NAE_EAA_P-1039_Kommunismi_Majak_kalurikolhoos, lk 22
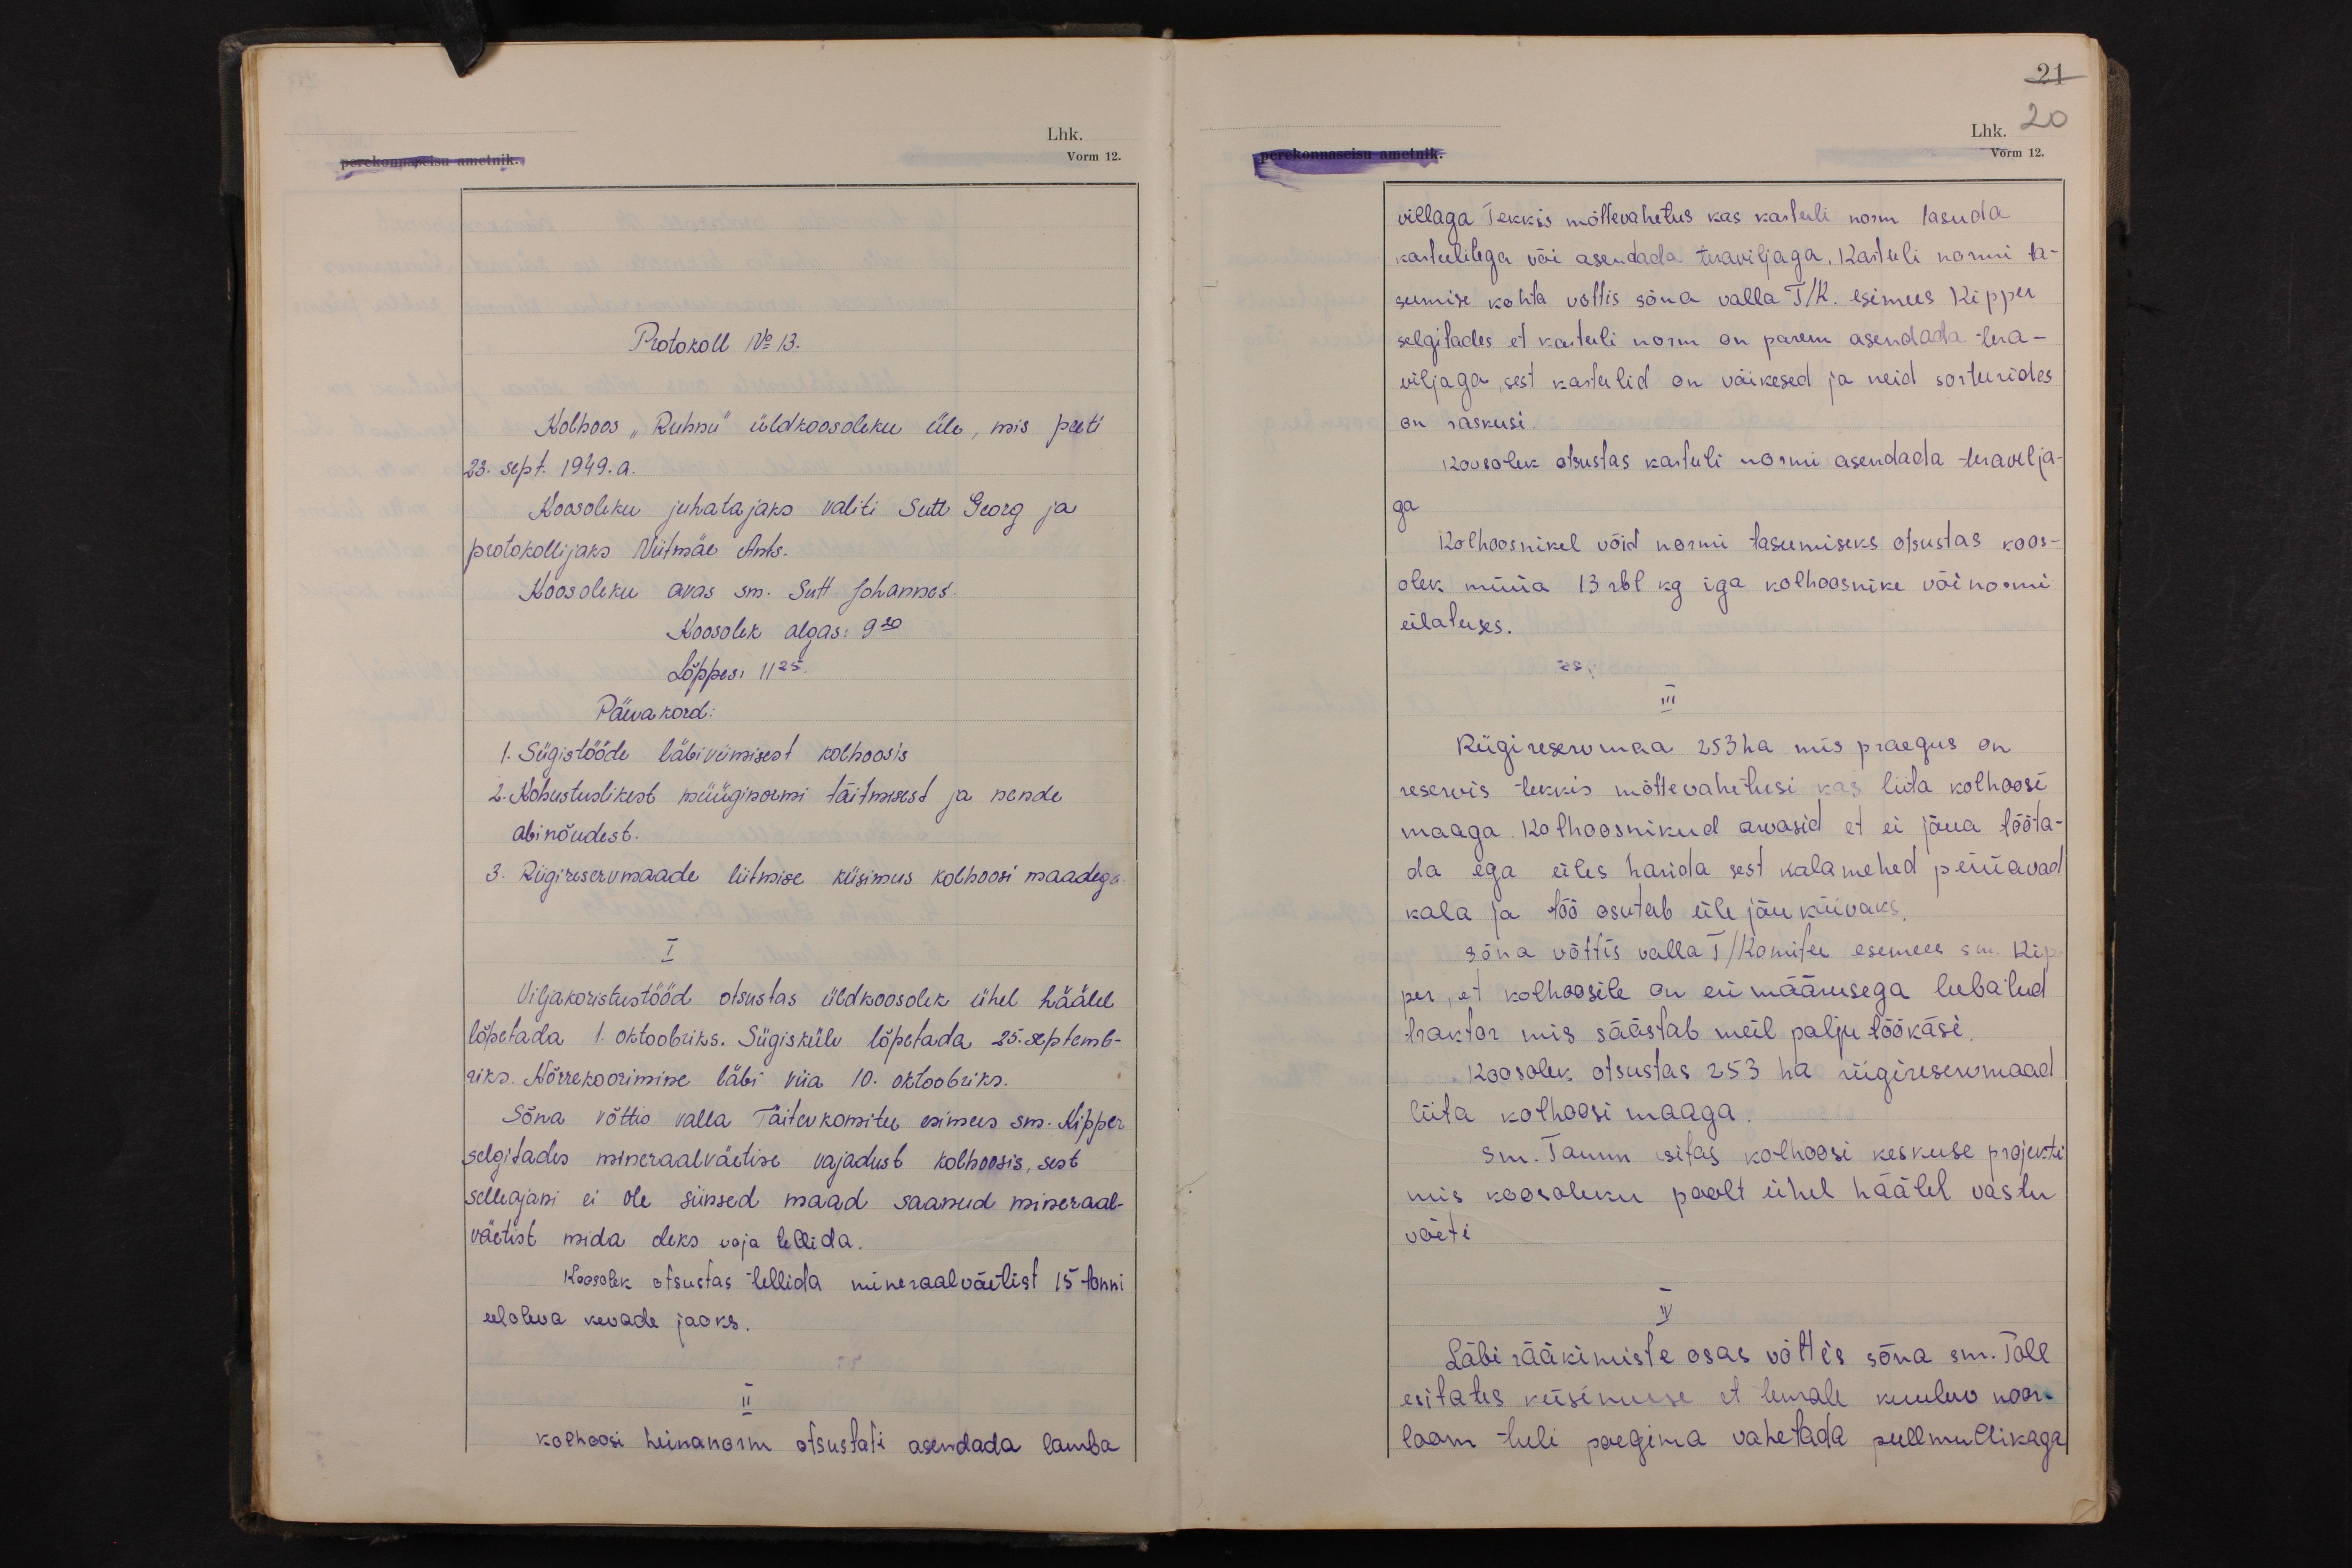
Protokoll No 13.
Kolhoos "Ruhnu" üldkoosoleku üle, mis peeti
23. sept. 1949. a.
Koosoleku juhatajaks valiti Sutt Georg ja
protokollijaks Niitmäe Ants.
Koosoleku avas sm. Sutt Johannes.
Koosolek algas: 9 20
Lõppes: 11 25.
Päevakord:
1. Sügistööde läbiviimisest kolhoosis
2. Kohustuslikest müüginormi täitmisest ja nende
abinõudest.
3. Riigireservmaade liitmise küsimus kolhoosi maadega.
I
Viljakoristustööd otsustas üldkoosolek ühel häälel
lõpetada 1. oktoobriks. Sügiskülv lõpetada 25. septemb-
riks. Kõrrekoorimine läbi viia 10. oktoobriks.
Sõna võttis valla Täitevkomitee esimees sm. Kipper
selgitades mineraalväetise vajadust kolhoosis, sest
selleajani ei ole siinsed maad saanud mineraal-
väetist mida oleks vaja tellida.
Koosolek otsustas tellida mineraalväetist 15 tonni
eeloleva kevade jaoks.
II
kolhoosi heinanorm otsustati asendada lamba

21
Lhk. 20
Vorm 12.
villaga Tekkis mõttevahetus kas kartuli norm tasuda
kartulitega või asendada teraviljaga. Kartuli normi ta-
sumise kohta võttis sõna valla T/K esimees Kipper
selgitades et kartuli norm on parem asendada tera-
viljaga, sest kartulid on väikesed ja neid sorteerides
on raskusi.
Koosolek otsustas kartuli normi asendada teravilja-
ga
Kolhoosnikel võid normi tasumiseks otsustas koos-
olek müüa 13 rbl kg iga kolhoosnike või normi
ülatuses.
III
Riigireservmaa 253 ha mis praegus on
reservis tekkis mõttevahetusi kas liita kolhoosi
maaga. Kolhoosnikud arvasid et ei jõua tööta-
da ega üles harida sest kalamehed püüavad
kala ja töö osutub üle jõu käivaks.
Sõna võttis valla T/Komitee esemees sm. Kip-
per, et kolhoosile on eri määrusega lubatud
traktor mis säästab meil palju töökäsi.
Koosolek otsustas 253 ha riigireservmaad
liita kolhoosi maaga.
sm. Tamm esitas kolhoosi keskuse projekti
mis koosoleku poolt ühel häälel vastu
võeti
IV
Läbi rääkimiste osas võttis sõna sm. Poll
esitates küsimuse et temale kuuluv noor-
loom tuli poegima vahetada pullmullikaga